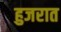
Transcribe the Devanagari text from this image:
हुजरात